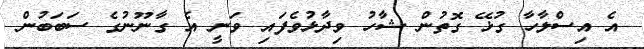
އެ އިސްލާހާ ގުޅޭ ގޮތުން ޝާހު ވިދާޅުވެފައި ވަނީ އެ ގާނޫނުގެ ސަބަބުން